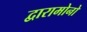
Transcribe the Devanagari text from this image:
द्वारामोनो